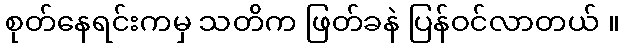
စုတ်နေရင်းကမှ သတိက ဖြတ်ခနဲ ပြန်ဝင်လာတယ် ။